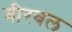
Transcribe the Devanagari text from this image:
वीरबल